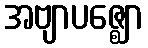
အဗျာပဇ္ဈော